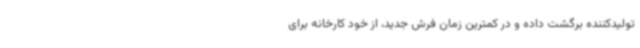
تولیدکننده برگشت داده و در کمترین زمان فرش جدید، از خود کارخانه برای